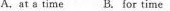
A.at s time B. For time